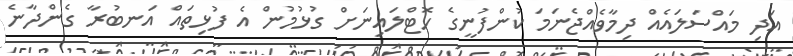
އަދި މައްސަލައެއް ދިމާވެއްޖެނަމަ ކުންފުނީގެ ހޮޓްލައިނަށް ގުޅުމުން އެ ފުޅިތައް އަނބުރާ ގެންދާނެ